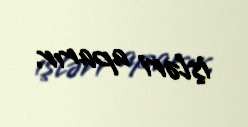
işləri aparır.